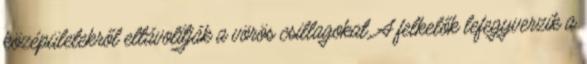
középületekről eltávolítják a vörös csillagokat. A felkelők lefegyverzik a